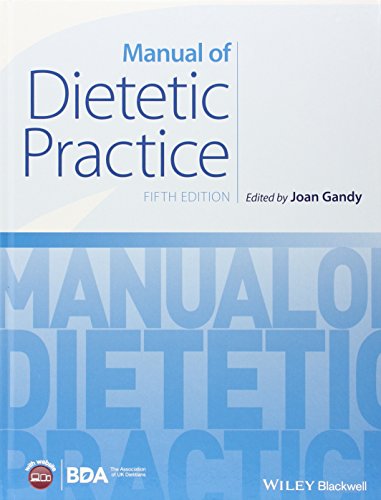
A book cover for Manual of Dietetic Practice; Joan Gandy; Medical Books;